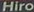
Hiro